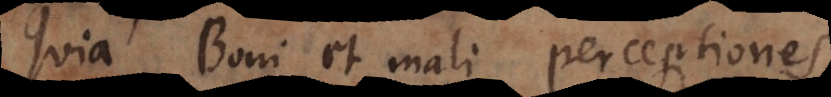
Quia Boni et mali perceptiones